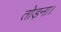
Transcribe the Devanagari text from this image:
तोड़ना।